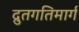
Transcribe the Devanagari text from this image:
द्रुतगतिमार्ग